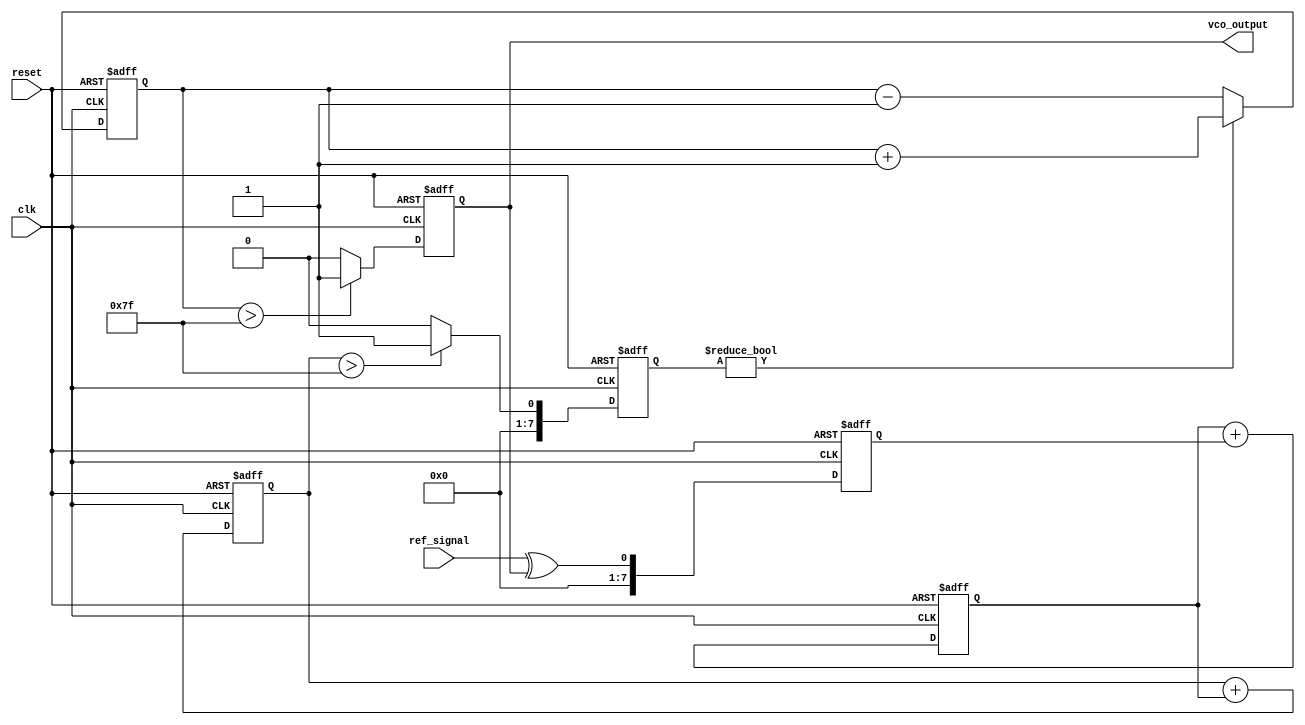
module sigma_delta_pll (
    input wire clk,               // System clock
    input wire reset,             // Reset signal
    input wire ref_signal,        // Reference input signal
    output wire vco_output        // VCO output
);

// Parameters
parameter N = 8;                // Bit width for the sigma-delta modulator
parameter VCO_MAX_FREQ = 255;   // Maximum frequency of VCO
parameter VCO_MIN_FREQ = 0;     // Minimum frequency of VCO

// Internal signals
reg [N-1:0] phase_error;        // Phase error signal
reg [N-1:0] control_signal;     // Control signal from loop filter
reg [N-1:0] vco_control;        // Control signal for VCO
reg vco_output_reg;             // VCO output register
reg [N-1:0] integrator;         // Integrator for sigma-delta modulator
reg [N-1:0] quantized_output;   // Quantized output of sigma-delta modulator

// Phase Detector (PD)
always @(posedge clk or posedge reset) begin
    if (reset) begin
        phase_error <= 0;
    end else begin
        // Simple XOR phase detector
        phase_error <= ref_signal ^ vco_output_reg;
    end
end

// Loop Filter (Simple Integrator)
always @(posedge clk or posedge reset) begin
    if (reset) begin
        control_signal <= 0;
    end else begin
        control_signal <= control_signal + phase_error; // Simple integrator
    end
end

// Sigma-Delta Modulator
always @(posedge clk or posedge reset) begin
    if (reset) begin
        integrator <= 0;
        quantized_output <= 0;
    end else begin
        integrator <= integrator + control_signal; // Integrate control signal
        // 1-bit quantizer
        if (integrator > (VCO_MAX_FREQ / 2)) begin
            quantized_output <= 1;
        end else begin
            quantized_output <= 0;
        end
    end
end

// Voltage-Controlled Oscillator (VCO)
always @(posedge clk or posedge reset) begin
    if (reset) begin
        vco_control <= VCO_MIN_FREQ;
        vco_output_reg <= 0;
    end else begin
        // Update VCO control based on quantized output
        if (quantized_output) begin
            vco_control <= vco_control + 1; // Increase frequency
        end else begin
            vco_control <= vco_control - 1; // Decrease frequency
        end
        // Generate VCO output (simple toggle for demonstration)
        vco_output_reg <= (vco_control > (VCO_MAX_FREQ / 2)) ? 1 : 0;
    end
end

// Assign output
assign vco_output = vco_output_reg;

endmodule